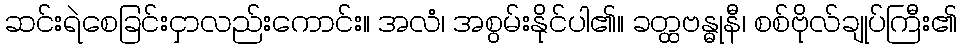
ဆင်းရဲစေခြင်းငှာလည်းကောင်း။ အလံ၊ အစွမ်းနိုင်ပါ၏။ ခတ္ထဗန္ဓုနီ၊ စစ်ဗိုလ်ချုပ်ကြီး၏